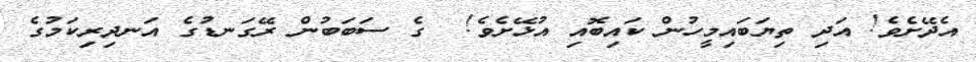
އެދޭށެވެ! އަދި ތިޔަބައިމީހުން ކައިބޮއި އުޅޭށެވެ!  ގެ ސަބަބުން ރޭގަނޑުގެ އަނދިރިކަމުގެ